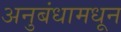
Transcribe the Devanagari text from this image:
अनुबंधामधून